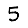
Digit: 5